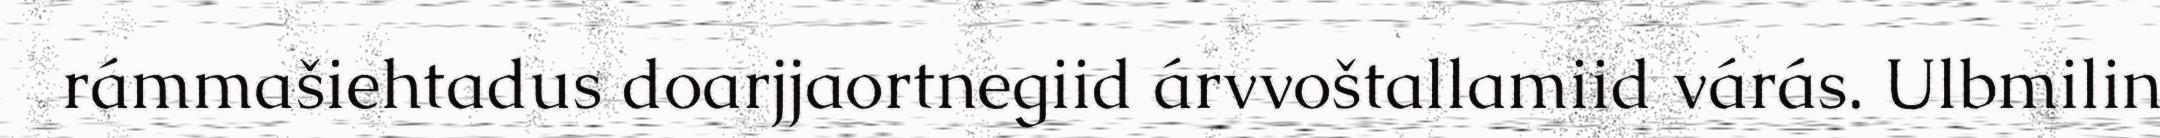
rámmašiehtadus doarjjaortnegiid árvvoštallamiid várás. Ulbmilin